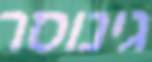
גינוסר